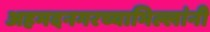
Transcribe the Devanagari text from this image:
अहमदनगरच्याभिल्लांनी